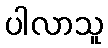
ပါလာသူ